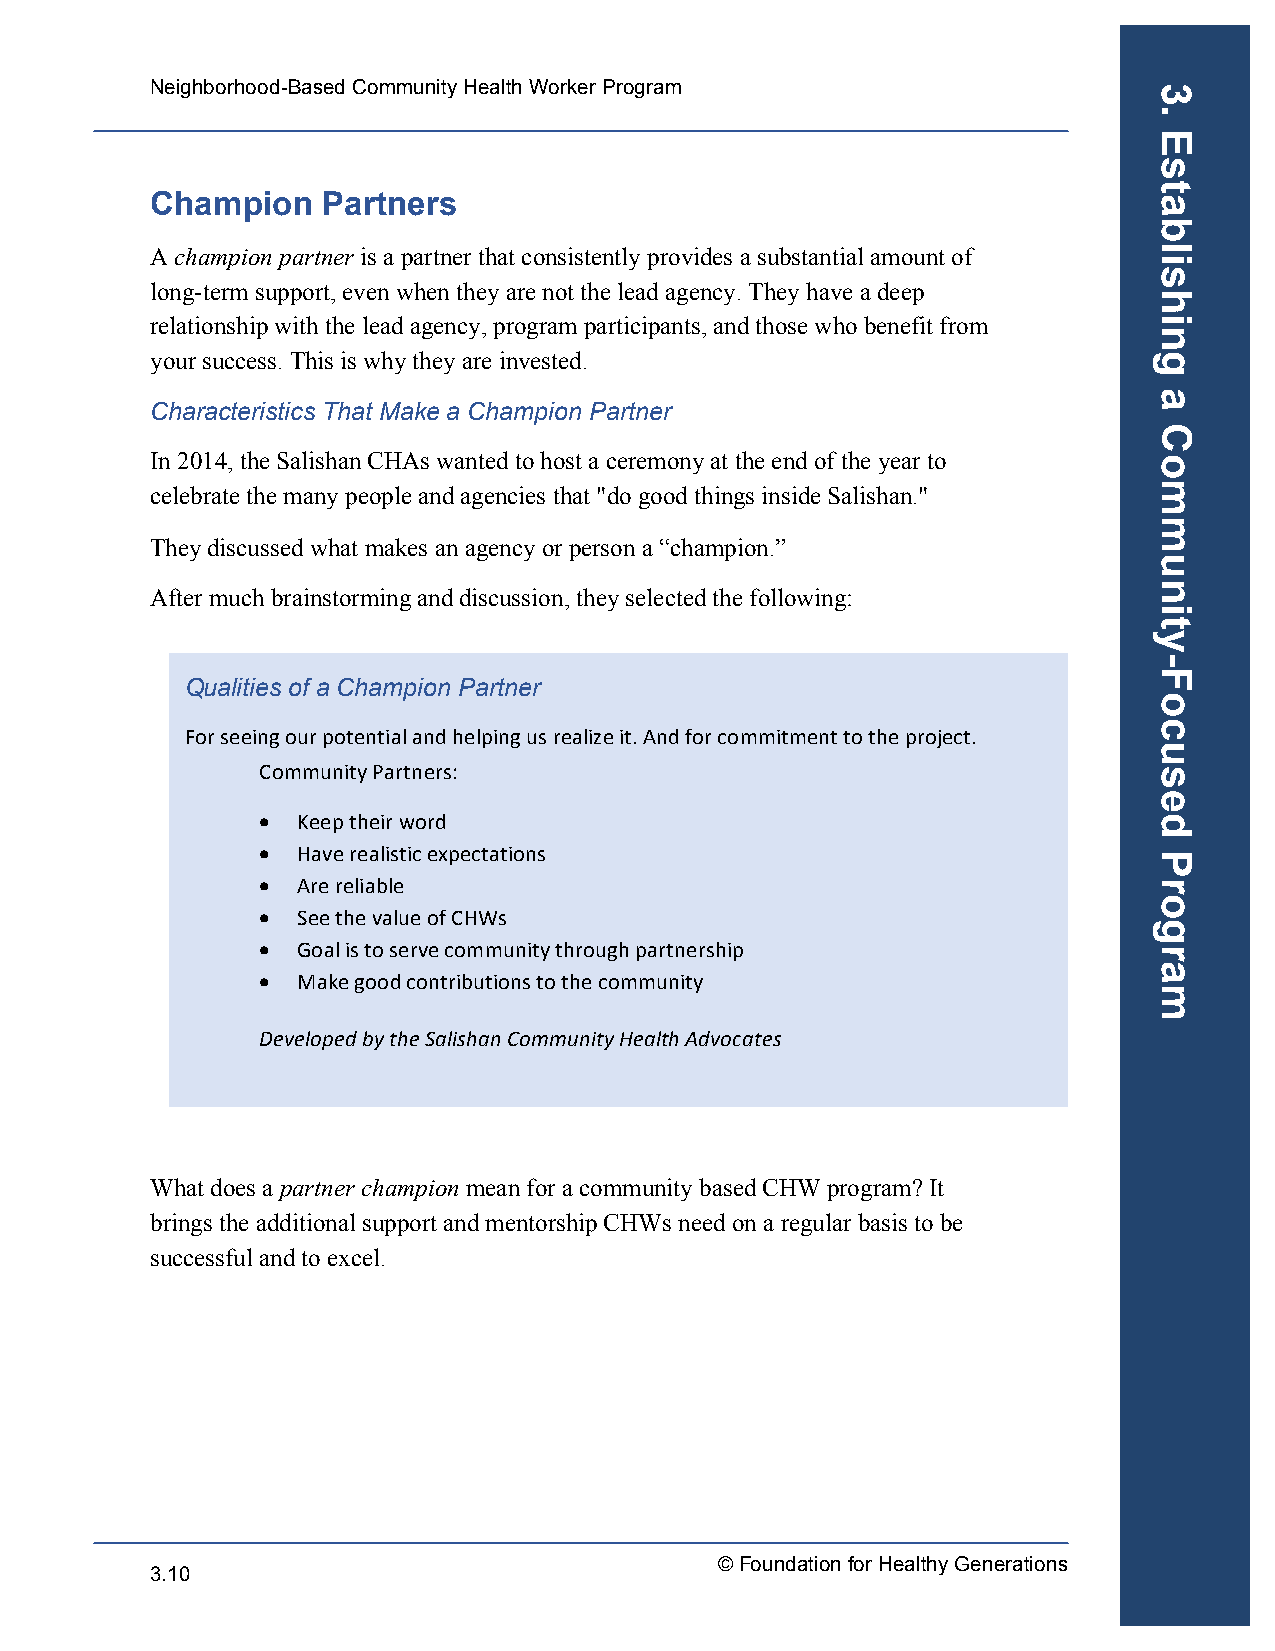
Neighborhood-Based Community Health Worker Program
 Champion   Partners
 A champion partner is a partner that consistently provides a substantial amount of
 long-term support, even when they are not the lead agency. They have a deep
 relationship with the lead agency, program participants, and those who benefit from
 your success. This is why they are invested.
 Characteristics That Make a Champion Partner
 In 2014, the Salishan CHAs wanted to host a ceremony at the end of the year to
 celebrate the many people and agencies that "do good things inside Salishan."
 They discussed what makes an agency or person a “champion.”
 After much brainstorming and discussion, they selected the following:
 Qualities of a Champion Partner
 For seeing our potential and helping us realize it. And for commitment to the project.
 Community Partners:
 •  Keep their word
 •  Have realistic expectations
 •  Are reliable
 •  See the value of CHWs
 •  Goal is to serve community through partnership
 •  Make good contributions to the community
 Developed by the Salishan Community Health Advocates
 What does a partner champion mean for a community based CHW program? It
 brings the additional support and mentorship CHWs need on a regular basis to be
 successful and to excel.
 © Foundation for Healthy Generations
 3.10
 3.
 Establishing
 a
 Community-Focused
 Program